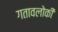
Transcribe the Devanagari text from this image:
गतावलोकी